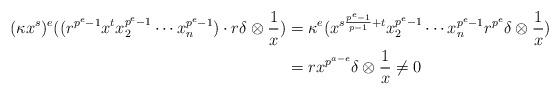
LaTeX: \begin{align*}(\kappa x^s)^e((r^{p^e-1} x^t x_2^{p^e-1} \cdots x_n^{p^e-1}) \cdot r \delta \otimes \frac{1}{x}) &= \kappa^e( x^{s\frac{p^e-1}{p-1} + t} x_2^{p^e-1} \cdots x_n^{p^e-1} r^{p^e} \delta \otimes \frac{1}{x})\\ &= r x^{p^{a-e}} \delta \otimes \frac{1}{x} \neq 0\end{align*}